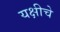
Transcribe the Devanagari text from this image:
यक्षीचे